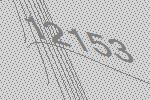
12153